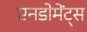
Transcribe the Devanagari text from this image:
एनडोमेंट्स